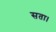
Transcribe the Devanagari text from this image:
सता।